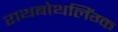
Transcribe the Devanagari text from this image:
राथबोथलिंग्क